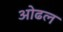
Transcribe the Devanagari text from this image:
ओढल